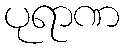
ပုရာဏ